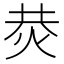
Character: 𤈈